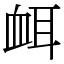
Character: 衈